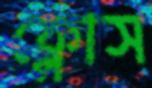
ফ্লোস